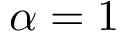
\alpha = 1